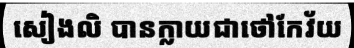
សៀងលិ បានក្លាយជាថៅកែវ័យ